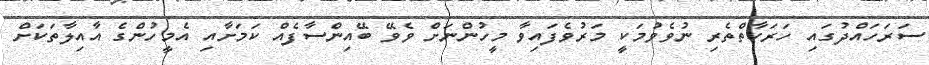
ސަރަހައްދުގައި ހަރަކާތްތެރި ނުވެވުމަކީ މަރުވެފައިވާ މީހުންނަށް ވެވޭ ބޭއިންސާފެއް ކަމަށާއި އެމީހުންގެ އާއިލާތަކަށް